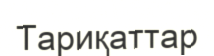
Тариқаттар